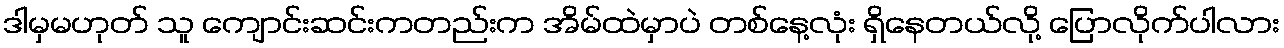
ဒါမှမဟုတ် သူ ကျောင်းဆင်းကတည်းက အိမ်ထဲမှာပဲ တစ်နေ့လုံး ရှိနေတယ်လို့ ပြောလိုက်ပါလား